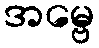
အမ္ဗေ